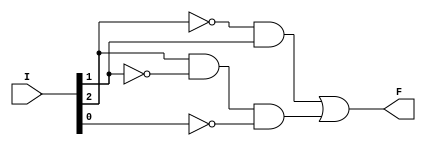
module GL_function_F2(F, I);

input [3:0] I;
output F;
wire [4:0] w;

not G0(w[0], I[2]);
not G1(w[1], I[1]);
not G2(w[2], I[0]);
and G3(w[3], w[0], I[1]);
and G4(w[4], I[2], w[1], w[2]);
or G5(F, w[3], w[4]);
endmodule